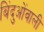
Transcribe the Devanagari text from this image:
बिंदुओंवाली